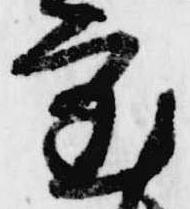
審